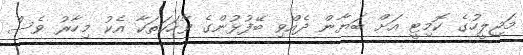
މަޖިލީހުގެ ކޮމިޓީ އަށް ބަޔާން ދެއްވި ބޭފުޅުންގެ ވާހަކަތަކާ އެކު މިހާރު ވެސް